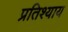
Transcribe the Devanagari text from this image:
प्रतिश्‍याय